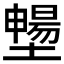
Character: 𡒮